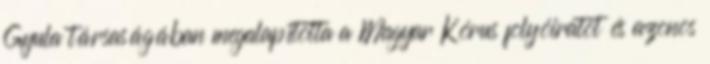
Gyula társaságában megalapította a Magyar Kórus folyóiratot és azonos